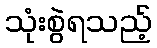
သုံးစွဲရသည့်